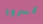
كسروا